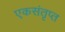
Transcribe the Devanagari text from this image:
एकसंतृप्त